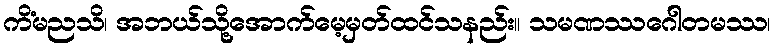
ကိံမညသိ၊ အဘယ်သို့အောက်မေ့မှတ်ထင်သနည်း။ သမဏဿဂေါတမဿ၊